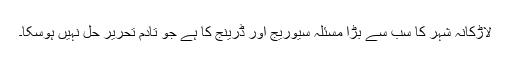
لاڑکانہ شہر کا سب سے بڑا مسئلہ سیوریج اور ڈرینج کا ہے جو تادم تحریر حل نہیں ہوسکا۔